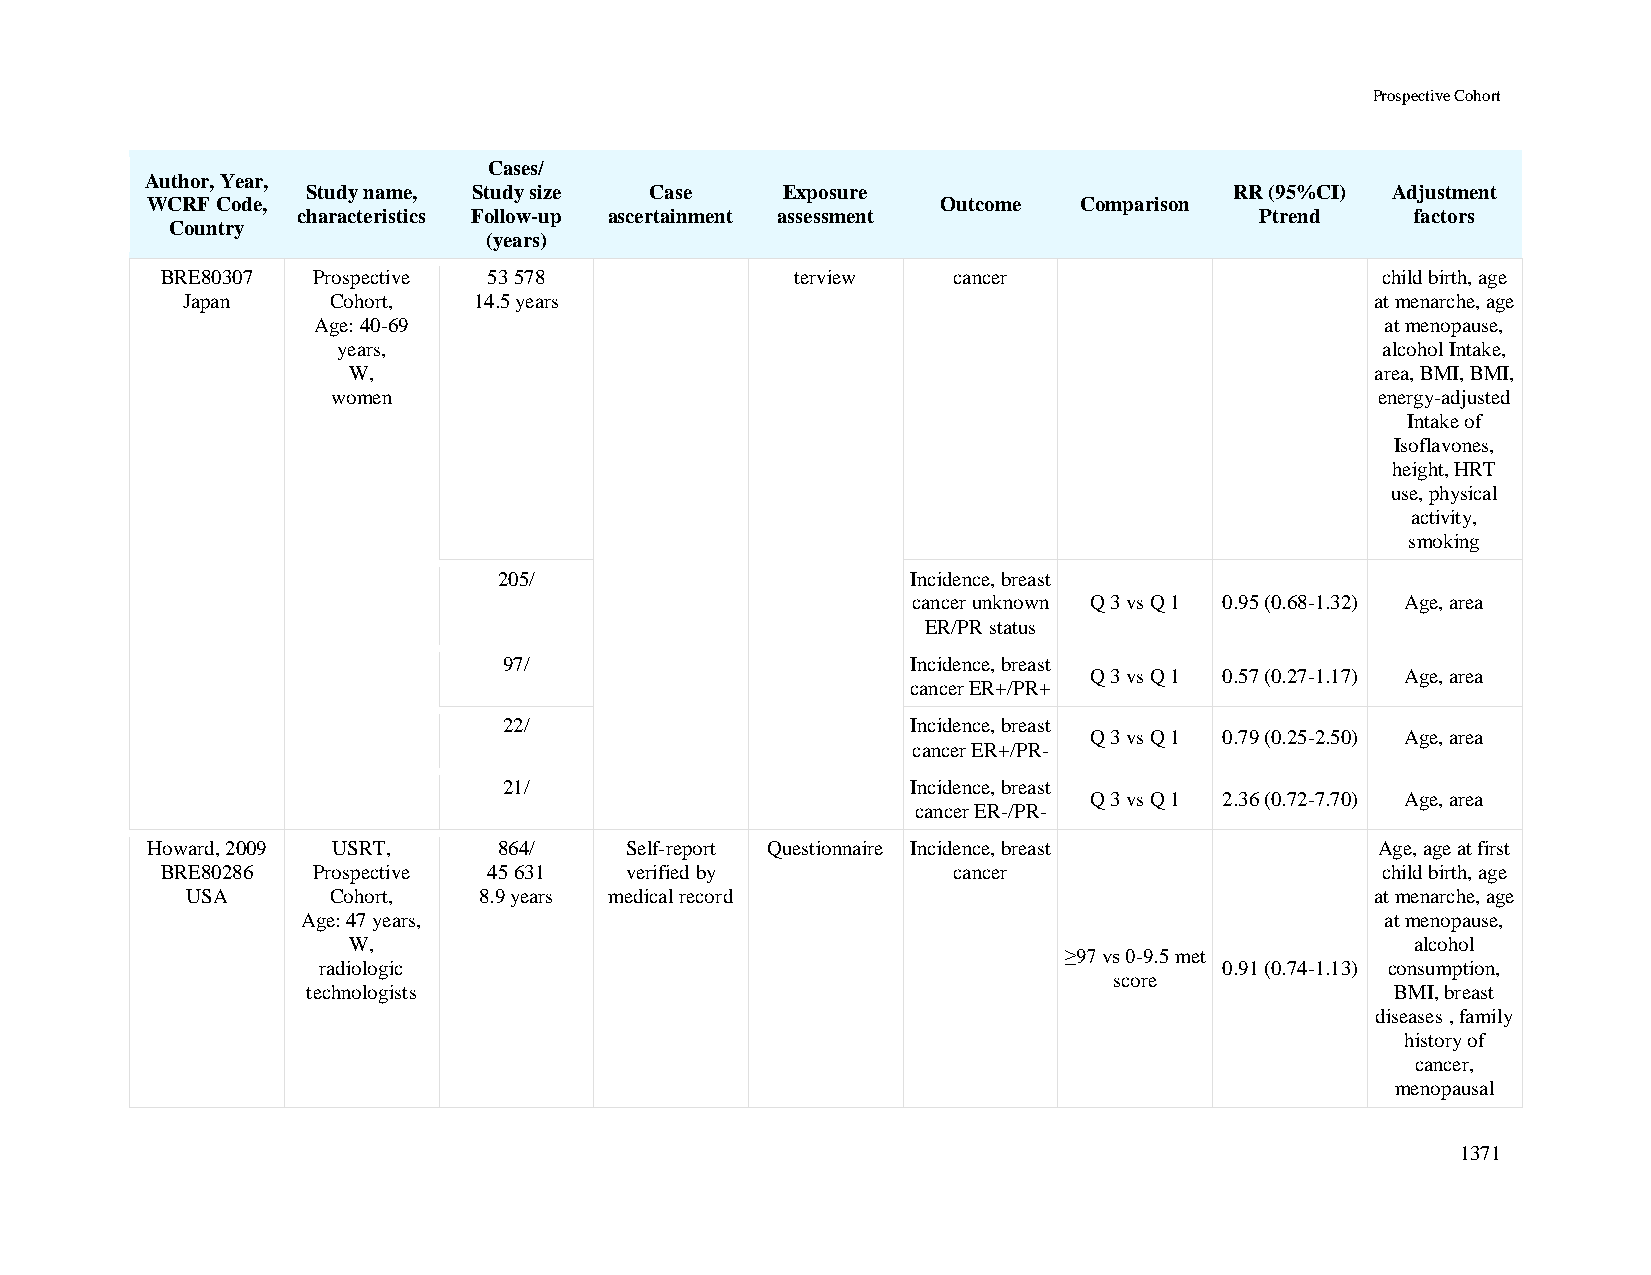
Prospective Cohort
 Cases/
 Author, Year,
 Study name, Study size Case     Exposure                      RR (95%CI) Adjustment
 WCRF Code,                                          Outcome  Comparison
 characteristics Follow-up ascertainment assessment             Ptrend     factors
 Country
 (years)
 BRE80307  Prospective 53 578              terview   cancer                      child birth, age
 Japan     Cohort,  14.5 years                                                  at menarche, age
 Age: 40-69                                                             at menopause,
 years,                                                               alcohol Intake,
 W,                                                                  area, BMI, BMI,
 women                                                                energy-adjusted
 Intake of
 Isoflavones,
 height, HRT
 use, physical
 activity,
 smoking
 205/                       Incidence, breast
 cancer unknown Q 3 vs Q 1 0.95 (0.68-1.32) Age, area
 ER/PR status
 97/                        Incidence, breast
 Q 3 vs Q 1 0.57 (0.27-1.17) Age, area
 cancer ER+/PR+
 22/                        Incidence, breast
 Q 3 vs Q 1 0.79 (0.25-2.50) Age, area
 cancer ER+/PR-
 21/                        Incidence, breast
 Q 3 vs Q 1 2.36 (0.72-7.70) Age, area
 cancer ER-/PR-
 Howard, 2009 USRT,     864/    Self-report Questionnaire Incidence, breast       Age, age at first
 BRE80286  Prospective 45 631  verified by           cancer                      child birth, age
 USA       Cohort,   8.9 years medical record                                   at menarche, age
 Age: 47 years,                                                          at menopause,
 W,                                                                     alcohol
 ≥97 vs 0-9.5 met
 radiologic                                                  0.91 (0.74-1.13) consumption,
 score
 technologists                                                           BMI, breast
 diseases , family
 history of
 cancer,
 menopausal
 1371